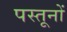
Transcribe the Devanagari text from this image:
पस्तूनों